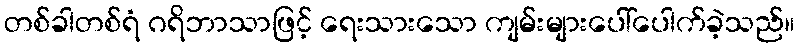
တစ်ခါတစ်ရံ ဂရိဘာသာဖြင့် ရေးသားသော ကျမ်းများပေါ်ပေါက်ခဲ့သည်။